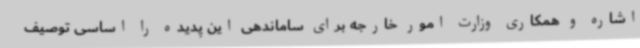
اشاره و همکاری وزارت امور خارجه برای ساماندهی این پدیده را اساسی توصیف